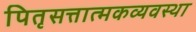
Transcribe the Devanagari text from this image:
पितृसत्तात्मकव्यवस्था